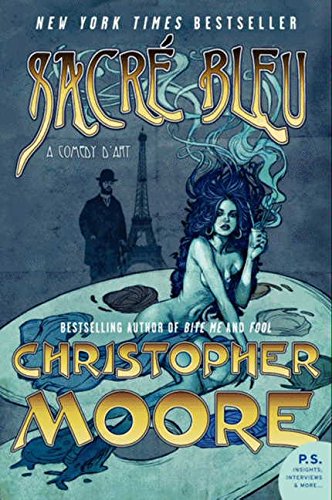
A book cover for Sacre Bleu: A Comedy d'Art; Christopher Moore; Mystery, Thriller & Suspense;